Report on the lunatic asylums under the Government of Bombay - 1904-1913
Year: 1904
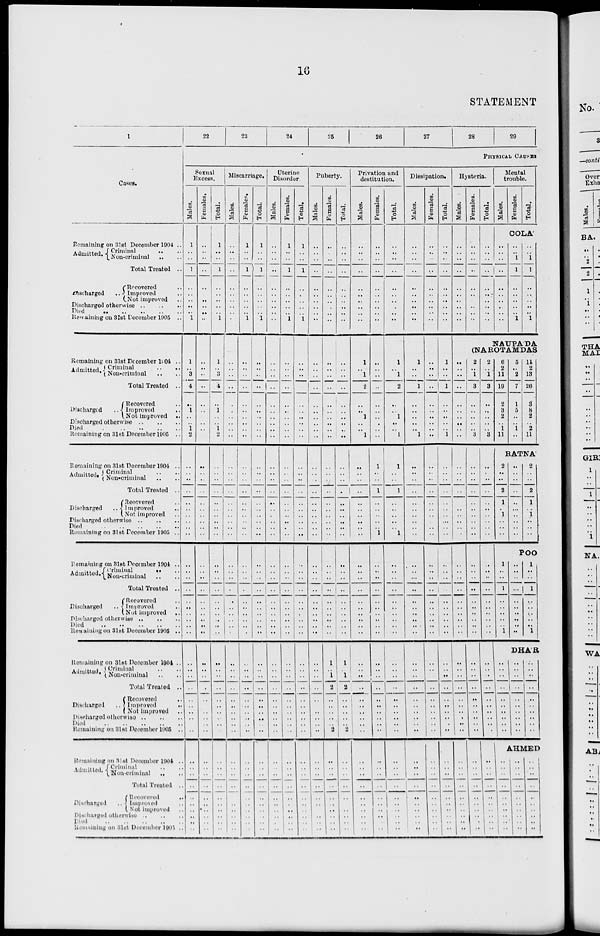
16
STATEMENT
1
Cases.
Remaining on 31st December 1904 ..
Admitted. Criminal
..
..
Non-criminal .. ..
Total Treated ..
Discharged
..
Recovered ..
Improved ..
Not improved ..
Discharged otherwise .. .. ..
Died
..
..
..
..
Remaining on 31st December 1905 ..
Remaining on 31st December 1904 ..
Admitted. Criminal .. ..
Non-criminal .. ..
Total Treated ..
Discharged
Rcovered ..
Improved
..
Not improved
..
Discharged otherwise
..
..
..
Died
..
..
..
..
Remaining on 31st December 1905 ..
Remaining on 31st December 1904 ..
Admitted
Criminal .. ..
Non-criminal .. ..
Total Treated ..
Discharged
..
Recovered ..
Improved ..
Not improved ..
Discharged otherwise .. .. ..
Died
..
..
..
..
Remaining on 31st December 1905 ..
Remaining on 31st December 1904 ..
Admitted. Criminal
..
..
Non-criminal .. ..
Total Treated ..
Discharged
..
Recovered ..
Improved ..
Not improved ..
Discharged otherwise .. .. ..
Died .. .. .. ..
Remaining on 31st December 1905 ..
Remaining on 31st December 1904 ..
Admitted. Criminal .. ..
Non-criminal .. ..
Total Treated ..
Discharged ..
Recovered ..
Improved
..
Not improved ..
Discharged otherwise
..
..
..
Died
..
..
..
..
Remaining on 31st December 1905 ..
Remaining on 31st December 1904 ..
Admitted. Criminal .. ..
Non-criminal .. ..
Total Treated ..
Discharged ..
Recovered
..
Improved ..
Not improved ..
Discharged otherwise ..
Died
..
..
..
..
Remaining on 31st December 1905 ..
22
23
24
25
26
27
28
29
PHYSICAL CAUSES
Sexual
Excess.
Males.
1
..
..
1
..
..
..
..
..
1
1
.. 3
4
..
1
..
..
1
2
..
..
..
..
..
..
..
..
..
..
..
..
..
..
..
..
..
..
..
..
..
..
..
..
..
..
..
..
..
..
..
..
..
..
..
..
..
..
..
..
Females.
..
..
..
..
..
..
..
..
..
..
..
..
..
..
..
..
..
..
..
..
..
..
..
..
..
..
..
..
..
..
..
..
..
..
..
..
..
..
..
..
..
..
..
..
..
..
..
..
..
..
..
..
..
..
..
..
..
..
..
..
Total.
1
..
..
1
..
..
..
..
..
1
1
.. 3
4
..
1
..
..
1
2
..
..
..
..
..
..
..
..
..
..
..
..
..
..
..
..
..
..
..
..
..
..
..
..
..
..
..
..
..
..
..
..
..
..
..
..
..
..
..
..
Miscarriage.
Males.
..
..
..
..
..
..
..
..
..
..
..
..
..
..
..
..
..
..
..
..
..
..
..
..
..
..
..
..
..
..
..
..
..
..
..
..
..
..
..
..
..
..
..
..
..
..
..
..
..
..
..
..
..
..
..
..
..
..
..
..
Females.
1 ..
..
..
..
..
..
..
..
..
1
..
..
..
..
..
..
..
..
..
..
..
..
..
..
..
..
..
..
..
..
..
..
..
..
..
..
..
..
..
..
..
..
..
..
..
..
..
..
..
..
..
..
..
..
..
..
..
..
..
..
Total.
1
..
..
1
..
..
..
..
..
1
..
..
..
..
..
..
..
..
..
..
..
..
..
..
..
..
..
..
..
..
..
..
..
..
..
..
..
..
..
..
..
..
..
..
..
..
..
..
..
..
..
..
..
..
..
..
..
..
..
..
Uterine
Disorder.
Males.
..
..
..
..
..
..
..
..
..
..
..
..
..
..
..
..
..
..
..
..
..
..
..
..
..
..
..
..
..
..
..
..
..
..
..
..
..
..
..
..
..
..
..
..
..
..
..
..
..
..
..
..
..
..
..
..
..
..
..
..
Females.
1
..
..
1
..
..
..
..
..
1
..
..
..
..
..
..
..
..
..
..
..
..
..
..
..
..
..
..
..
..
..
..
..
..
..
..
..
..
..
..
..
..
..
..
..
..
..
..
..
..
..
..
..
..
..
..
..
..
..
..
Total.
1
..
..
1
..
..
..
..
..
1
..
..
..
..
..
..
..
..
..
..
..
..
..
..
..
..
..
..
..
..
..
..
..
..
..
..
..
..
..
..
..
..
..
..
..
..
..
..
..
..
..
..
..
..
..
..
..
..
..
..
Puberty.
Males.
..
..
..
..
..
..
..
..
..
..
..
..
..
..
..
..
..
..
..
..
..
..
..
..
..
..
..
..
..
..
..
..
..
..
..
..
..
..
..
..
..
..
..
..
..
..
..
..
..
..
..
..
..
..
..
..
..
..
..
..
Females.
..
..
..
..
..
..
..
..
..
..
..
..
..
..
..
..
..
..
..
..
..
..
..
..
..
..
..
..
..
..
..
..
..
..
..
..
..
..
..
..
1
..
1
2
..
..
..
..
.. 2
..
..
..
..
..
..
..
..
..
..
Total.
..
..
..
..
..
..
..
..
..
..
..
..
..
..
..
..
..
..
.. ..
..
..
..
..
..
..
..
..
..
..
..
..
..
..
..
..
..
..
..
..
1
..
1
2
..
..
..
..
..
2
..
..
..
..
..
..
..
..
..
..
Privation and
destitution.
Males.
..
..
..
..
..
..
..
..
..
..
1
..
1
2
..
..
1
..
.. 1
..
..
..
..
..
..
..
..
..
..
..
..
..
..
..
..
..
..
..
..
..
..
..
..
..
..
..
..
..
..
..
..
..
..
..
..
..
..
..
..
Females.
..
..
..
..
..
..
..
..
..
..
..
..
..
..
..
..
..
..
..
..
1
..
..
1
..
..
..
..
.. 1
..
..
..
..
..
..
..
..
..
..
..
..
..
..
..
..
..
..
..
..
..
..
..
..
..
..
..
..
..
..
Total.
..
..
..
..
..
..
..
..
..
..
1
.. 1
2
..
..
1
..
.. 1
1
..
..
1
..
..
..
..
.. 1
..
..
..
..
..
..
..
..
..
..
..
..
..
..
..
..
..
..
..
..
..
..
..
..
..
..
..
..
..
..
Dissipation.
Males.
..
..
..
..
..
..
..
..
..
..
1
..
..
1
..
..
..
..
..
1
..
..
..
..
..
..
..
..
..
..
..
..
..
..
..
..
..
..
..
..
..
..
..
..
..
..
..
..
..
..
..
..
..
..
..
..
..
..
..
..
Females.
..
..
..
..
..
..
..
..
..
..
..
..
..
..
..
..
..
..
..
..
..
..
..
..
..
..
..
..
..
..
..
..
..
..
..
..
..
..
..
..
..
..
..
..
..
..
..
..
..
..
..
..
..
..
..
..
..
..
..
..
Total.
..
..
..
..
..
..
..
..
..
..
1
..
..
1
..
..
..
..
.. 1
..
..
..
..
..
..
..
..
..
..
..
..
..
..
..
..
..
..
..
..
..
..
..
..
..
..
..
..
..
..
..
..
..
..
..
..
..
..
..
..
Hysteria.
Males.
..
..
..
..
..
..
..
..
..
..
Females.
..
..
..
..
..
..
..
..
..
..
Total.
..
..
..
..
..
..
..
..
..
..
Mental
trouble.
Males.
Females.
Total.
COLA
..
..
..
..
..
..
..
..
..
..
..
..
1
1
..
..
..
..
..
1
..
..
1
1
..
..
..
..
..
1
NAUPA DA
(NAROTAMDAS
..
..
..
..
..
..
..
..
..
..
..
..
..
..
..
..
..
..
..
..
..
..
..
..
..
..
..
..
..
..
..
..
..
..
..
..
..
..
..
..
..
..
..
..
..
..
..
..
..
2
.. 1
3
..
..
..
..
.. 3
..
..
..
..
..
..
..
..
..
..
..
..
..
..
..
..
..
..
..
..
..
..
..
..
..
..
..
..
..
..
..
..
..
..
..
..
..
..
..
..
2
.. 1
3
..
..
..
..
.. 3
..
..
..
..
..
..
..
..
..
..
..
..
..
..
..
..
..
..
..
..
..
..
..
..
..
..
..
..
..
..
..
..
..
..
..
..
..
..
..
..
6
2
11
19
2
3
2
..
1
11
5
..
2
7
1
5
..
..
1
..
11
2
13
26
3
8
2
..
2
11
RATNA
2
..
..
2
1
..
1
..
..
..
..
..
..
..
..
..
..
..
..
..
2
..
..
2
1
..
1
..
..
..
POO
1
..
..
1
..
..
..
..
..
1
..
..
..
..
..
..
..
..
..
..
1
..
..
1
..
..
..
..
..
1
DHAR
..
..
..
..
..
..
..
..
..
..
..
..
..
..
..
..
..
..
..
..
..
..
..
..
..
..
..
..
..
..
AHMED
..
..
..
..
..
..
..
..
..
..
..
..
..
..
..
..
..
..
..
..
..
..
..
..
..
..
..
..
..
..